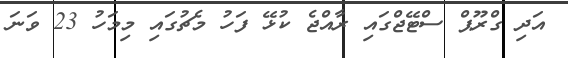
އަދި ގްރޫޕް ސްޓޭޖްގައި ރާއްޖެ ކުޅޭ ފަހު މެޗުގައި މިމަހު 23 ވަނަ